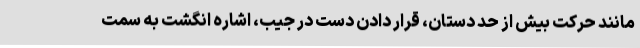
مانند حرکت بیش از حد دستان، قرار دادن دست در جیب، اشاره انگشت به سمت